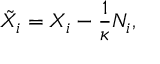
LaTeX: \tilde { X } _ { i } = X _ { i } - \frac 1 \kappa N _ { i } ,